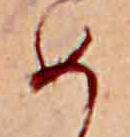
め